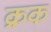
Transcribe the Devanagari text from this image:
क्रक